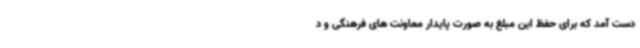
دست آمد که برای حفظ این مبلغ به صورت پایدار معاونت های فرهنگی و د